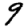
Digit: 9